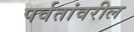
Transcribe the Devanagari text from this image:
पर्वतांवरील